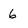
Character: 6